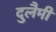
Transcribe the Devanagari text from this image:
दुलैमी